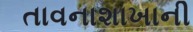
તાવનાશાખાની